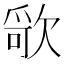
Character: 𰙔